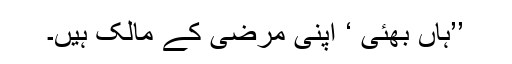
’’ہاں بھئی ‘ اپنی مرضی کے مالک ہیں۔